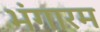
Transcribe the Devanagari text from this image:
भंगारम